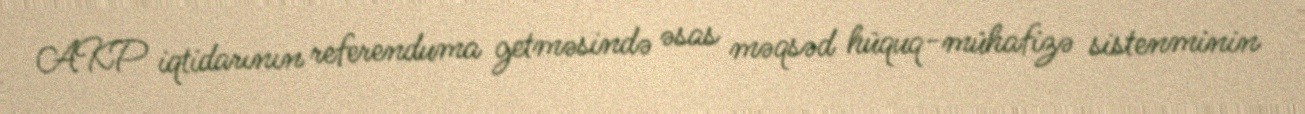
AKP iqtidarının referenduma getməsində əsas məqsəd hüquq-mühafizə sistenminin